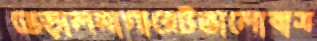
ভেড়ালমার্গারেটভালোবাস